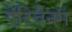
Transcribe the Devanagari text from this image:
ऐंटिवेनम